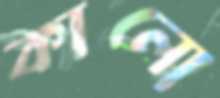
কালো